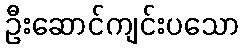
ဦးဆောင်ကျင်းပသော